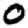
Digit: 0